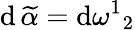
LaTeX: \mathrm{d}\, \widetilde{{\alpha}}=\mathrm{d}\omega^{1}{}_{2}